Medical and sanitary report of the native army of Bengal for the year
Year: 1877
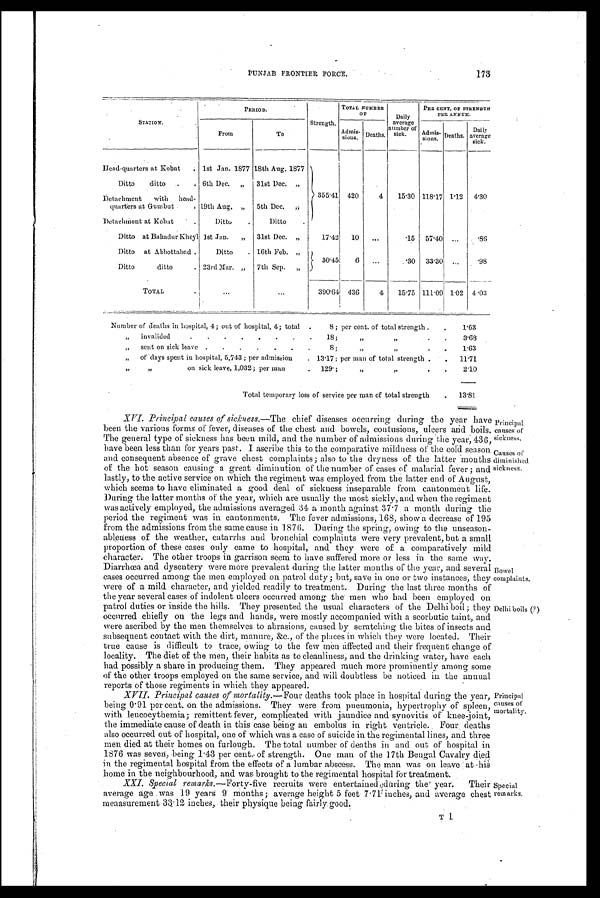
Principal
causes of
sickness.
Causes of
diminished
sickness.
PUNJAB FRONTIER FORCE.
173
STATION.
PERIOD.
Strength.
TOTAL NUMBER
OF
Daily
average
number of
sick.
PER CENT. OF STRENGTH
PER ANNUM.
From
To
Admis -
sions. Deaths.
Admis -
sions. Deaths.
Daily
average
sick.
Head-quarters at Kobat
. 1st Jan. 1877 18th Aug. 1877
355.41 420
4
15.30 118.17 1.12 4.30
Ditto ditto
. 6th Dec. „ 31st Dec. „
Detachment with head-
quarters at Gumbut
. 19th Aug. „ 5th Dec. , ,
Detachment at Kohat
.
Ditto
.
Ditto
.
Ditto at Bahadur Kheyl 1st Jan. „ 31st Dec. „
17.42 10
. . .
.15 57.40 ... .86
Ditto at Abbottabad .
Ditto
. 16th Feb. ,,
30.45
6 ...
.30 33.30 . . .
.98
Ditto ditto
. 23rd Mar. „ 7th Sep. „
TOTAL
.
...
...
390.64 436
4
15.75 111.09 1.02 4.03
Number of deaths in hospital, 4; out of hospital, 4; total .
8; per cent. of total strength.
.
1.63
„ invalided
.
.
.
.
.
.
.
.
18;
, ,
, ,
. .
3.68
„ sent on sick leave .
.
.
,
.
,
,
8;
„
, ,
.
1.63
, ,
of days spent in hospital, 5,743 ; per admission
. 13.17; per man of total strength .
. 11.71
, ,
on sick leave, 1,032; per man
. 129;
, ,
„
.
.
2.10
Total temporary loss of service per man of total strength
. 13.81.
XVI. Principal causes of sickness. —The chief diseases occurring during the year have
been the various forms of fever, diseases of the chest and bowels, contusions, ulcers and boils.
The general type of sickness has been mild, and the number of admissions during the year, 436,
have been less than for years past. I ascribe this to the comparative mildness of the cold season
and consequent absence of grave chest complaints; also to the dryness of the latter months
of the hot season causing a great diminution of the number of cases of malarial fever ; and
lastly; to the active service on which the regiment was employed from the latter end of August,
which seems to have eliminated a good deal of sickness inseparable from cantonment life.
During the latter months of the year, which are usually the most sickly, and when the regiment
was actively employed, the admissions averaged 34 a month against 37.7 a month during the
period the regiment was in cantonments. The fever admissions, 168, show a decrease of 195
from the admissions from the same cause in 1876. During the spring, owing to the unseason-
ableness of the weather, catarrhs and bronchial complaints were very prevalent, but a small
proportion of these cases only came to hospital, and they were of a comparatively mild
character: The other troops in garrison seem to have suffered more or less in the same way.
Diarrhoea and dysentery were more prevalent during the latter months of the year, and several
cases occurred among the men employed on patrol, duty ; but, save in one or two instances, they
were of a mild character, and yielded readily to treatment. During the last three months of
the year several cases of indolent ulcers occurred among the men who had been employed on
patrol duties or inside the hills. They presented the usual characters of the Delhi boil; they
occurred chiefly ou the legs and hands, were mostly accompanied with a scorbutic taint, and
were ascribed by the men themselves to abrasions, caused by scratching the bites of insects and
subsequent contact with the dirt, manure, &c., of the places in which they were located. Their
true cause is difficult to trace, owing to the few men affected and their frequent change of
locality. The diet of the men, their habits as to cleanliness, and the drinking. water, have each
had possibly a share in producing them. They appeared much more prominently among some
of the other troops employed on the same service, and will doubtless be noticed in the annual
reports of those regiments in which they appeared.
XVII .Principal causes of mortality. —Four deaths took place in hospital during the year,
being 0.91 per cent. on the admissions. They were from pneumonia, hypertrophy of spleen,
with leucocythemia; remittent fever, complicated with jaundice and synovitis of knee-joint,
the immediate cause of death in this case being an embolus in right ventricle. Four, deaths
also occurred out of hospital, one of which was a case of suicide in the regimental lines, and three
men died at their homes on furlough. The total number of deaths in and out of hospital in
1876 was seven, being 1.43 per cent. of strength. One man of the 17th Bengal Cavalry died
in the regimental hospital from the effects of a lumbar abscess. The man was on leave at his
home in the neighbourhood, and was brought to the regimental hospital for treatment.
Bowel
complaints.
Delhi boils (?)
Principal
causes of
mortality.
Their Special
chest remarks.
XXI. Special re
marks.—Forty-five recruits were entertained during the year average age was 19 years 9 months; average height 5 feet 7.71inches, and average
meaasurement 33.12 inches, their physique being fairly good.
T 1
i